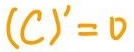
$(C)' = 0$